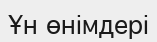
Ұн өнімдері